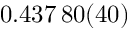
0 . 4 3 7 \, 8 0 ( 4 0 )